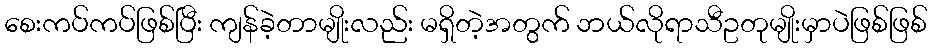
စေးကပ်ကပ်ဖြစ်ပြီး ကျန်ခဲ့တာမျိုးလည်း မရှိတဲ့အတွက် ဘယ်လိုရာသီဥတုမျိုးမှာပဲဖြစ်ဖြစ်